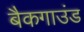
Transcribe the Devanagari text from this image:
बैकगाउंड